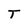
Character: T